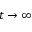
t \rightarrow \infty